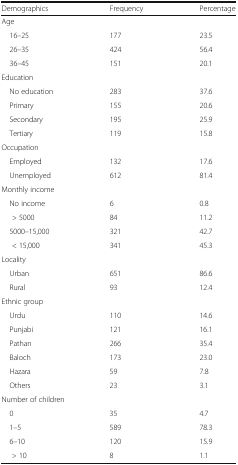
<table><thead><tr><td><b>Demographics</b></td><td><b>Frequency</b></td><td><b>Percentage</b></td></tr></thead><tbody><tr><td colspan="3">Age</td></tr><tr><td> 16–25</td><td>177</td><td>23.5</td></tr><tr><td> 26–35</td><td>424</td><td>56.4</td></tr><tr><td> 36–45</td><td>151</td><td>20.1</td></tr><tr><td colspan="3">Education</td></tr><tr><td> No education</td><td>283</td><td>37.6</td></tr><tr><td> Primary</td><td>155</td><td>20.6</td></tr><tr><td> Secondary</td><td>195</td><td>25.9</td></tr><tr><td> Tertiary</td><td>119</td><td>15.8</td></tr><tr><td colspan="3">Occupation</td></tr><tr><td> Employed</td><td>132</td><td>17.6</td></tr><tr><td> Unemployed</td><td>612</td><td>81.4</td></tr><tr><td colspan="3">Monthly income</td></tr><tr><td> No income</td><td>6</td><td>0.8</td></tr><tr><td>&gt; 5000</td><td>84</td><td>11.2</td></tr><tr><td> 5000–15,000</td><td>321</td><td>42.7</td></tr><tr><td>&lt; 15,000</td><td>341</td><td>45.3</td></tr><tr><td colspan="3">Locality</td></tr><tr><td> Urban</td><td>651</td><td>86.6</td></tr><tr><td> Rural</td><td>93</td><td>12.4</td></tr><tr><td colspan="3">Ethnic group</td></tr><tr><td> Urdu</td><td>110</td><td>14.6</td></tr><tr><td> Punjabi</td><td>121</td><td>16.1</td></tr><tr><td> Pathan</td><td>266</td><td>35.4</td></tr><tr><td> Baloch</td><td>173</td><td>23.0</td></tr><tr><td> Hazara</td><td>59</td><td>7.8</td></tr><tr><td> Others</td><td>23</td><td>3.1</td></tr><tr><td colspan="3">Number of children</td></tr><tr><td> 0</td><td>35</td><td>4.7</td></tr><tr><td> 1–5</td><td>589</td><td>78.3</td></tr><tr><td> 6–10</td><td>120</td><td>15.9</td></tr><tr><td>&gt; 10</td><td>8</td><td>1.1</td></tr></tbody></table>